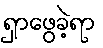
ရှာဖွေခဲ့ရာ